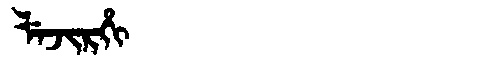
Manchu: ᠯᡝᠵᡳᡵᡥᡳ
Romanization: LEJIRHI